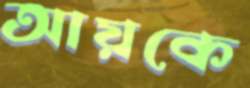
আয়কে